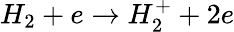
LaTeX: H_{2}+e\rightarrow H_{2}^{+}+2e